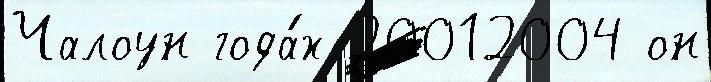
Чалоун года́х 20012004 он